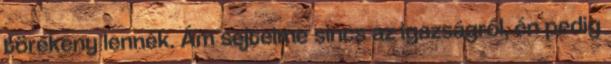
törékeny lennék. Ám sejtelme sincs az igazságról, én pedig